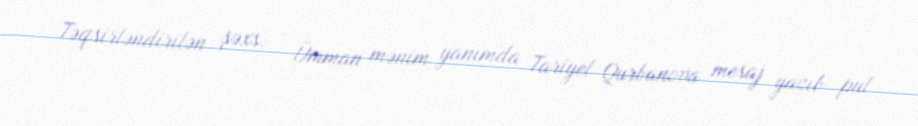
Təqsirləndirilən şəxs: - Ümman mənim yanımda Tariyel Qurbanova mesaj yazıb pul